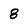
Character: 8